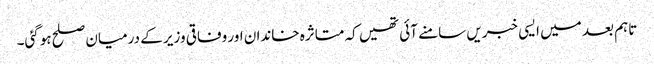
تاہم بعد میں ایسی خبریں سامنے آئی تھیں کہ متاثرہ خاندان اور وفاقی وزیر کے درمیان صلح ہوگئی۔